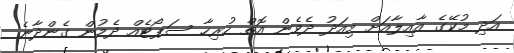
އަދި މުކޭގެ އާއިލާއަށް މިއަދު ދެވެން އޮތް ހުރިހާ ސަޕޯޓެއް ދެމުން ގެންދާނެ